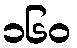
၁၆၀